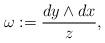
LaTeX: \begin{align*}\omega : = \frac{dy \wedge dx}{z},\end{align*}